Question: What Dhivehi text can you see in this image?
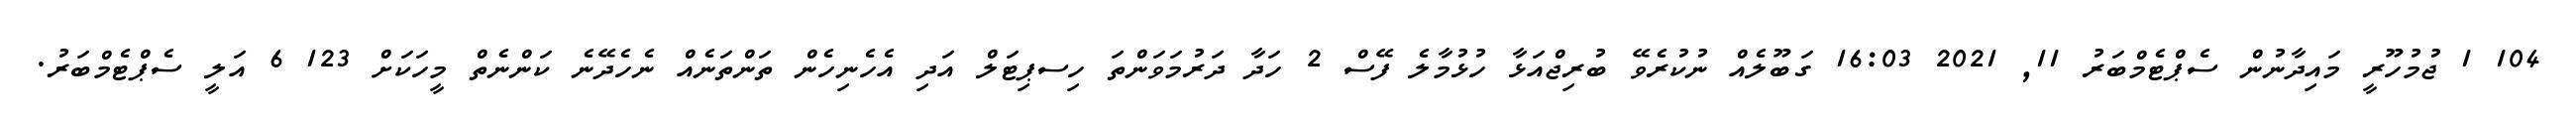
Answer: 104 1 ޖުމުހޫރީ މައިދާނުން ސެޕްޓެމްބަރު 11, 2021 16:03 ގަބޫލެއް ނުކުރެވޭ ބުރިޖްއަޅާ ހުޅުމާލެ ފޭސް 2 ހަދާ ދަރުމަވަންތަ ހިސޕިޓަލް އަދި އެހެނިހެން ތަންތަނެއް ނެހެދޭނެ ކަންނެތް މީހަކަށް 123 6 އަލީ ސެޕްޓެމްބަރު.